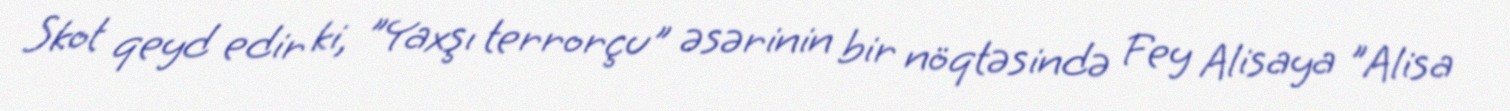
Skot qeyd edir ki, "Yaxşı terrorçu" əsərinin bir nöqtəsində Fey Alisaya "Alisa